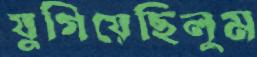
যুগিয়েছিলুম